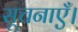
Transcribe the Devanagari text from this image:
सूचनाएँ।